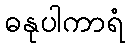
ဓနုပါကာရံ